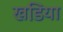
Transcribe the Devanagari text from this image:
खडि़या